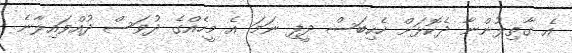
އެ ގާތިލުންނާ ދެކޮޅަށް ހެކިބަސް ދީފި ނަމަ އެ މީހެއްގެ ދުވަސް ދުއްވައިލާނެ